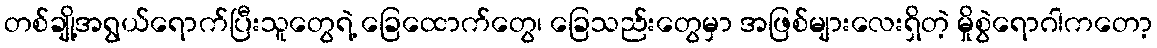
တစ်ချို့အရွယ်ရောက်ပြီးသူတွေရဲ့ ခြေထောက်တွေ၊ ခြေသည်းတွေမှာ အဖြစ်များလေးရှိတဲ့ မှိုစွဲရောဂါကတော့